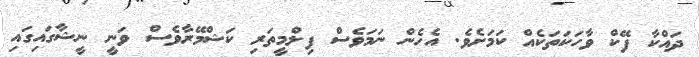
ދައްކާ ފޭކް ވާހަކަތަކެއް ކަމަށެވެ. އެހެން ނަމަވެސް ފިލްމީތަރި ކަޝްމޭރާވެސް ވަނީ ނީޝާގައިގައި